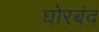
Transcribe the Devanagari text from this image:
घोरबंद